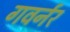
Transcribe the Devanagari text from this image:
गवर्नर